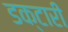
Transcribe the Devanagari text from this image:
डक्टारी